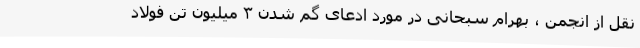
نقل از انجمن ، بهرام سبحانی در مورد ادعای گم شدن ۳ میلیون تن فولاد